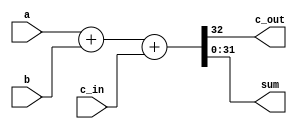
`timescale 1ns / 1ns

//////////////////////////////////////////////////////////////////////////////////
// Company: 
// Engineer: 
// 
// Design Name: 
// Module Name:    Verification_1bit 
// Project Name: 
// Target Devices: 
// Tool versions: 
// Description: 
//
// Dependencies: 
//
// Revision: 
// Revision 0.01 - File Created
// Additional Comments: 
//
//////////////////////////////////////////////////////////////////////////////////
module Verification_nbit(c_out, sum, a, b, c_in);

	parameter W = 32;

	input	[W-1:0] a, b; //declare inputs a, b, and c_in, one bit each
	input c_in;
	output c_out; //declare outputs c_out and sum, one bit each
	output [W-1:0]	sum;

	assign {c_out, sum} = a + b + c_in;

endmodule